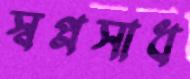
স্বপ্নসাধ